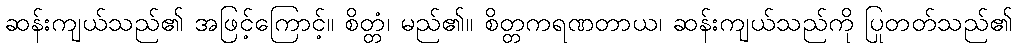
ဆန်းကျယ်သည်၏ အဖြင့်ကြောင့်။ စိတ္တံ၊ မည်၏။ စိတ္တကရဏတာယ၊ ဆန်းကျယ်သည်ကို ပြုတတ်သည်၏